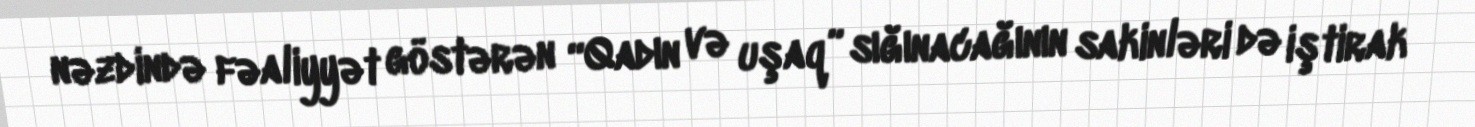
nəzdində fəaliyyət göstərən “Qadın və uşaq” sığınacağının sakinləri də iştirak